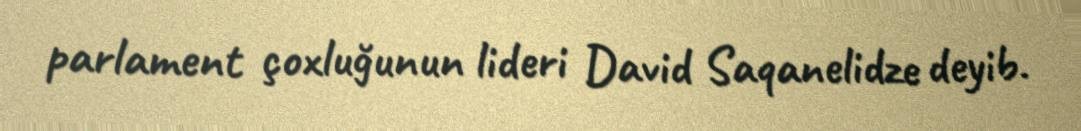
parlament çoxluğunun lideri David Saqanelidze deyib.